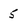
Character: 5